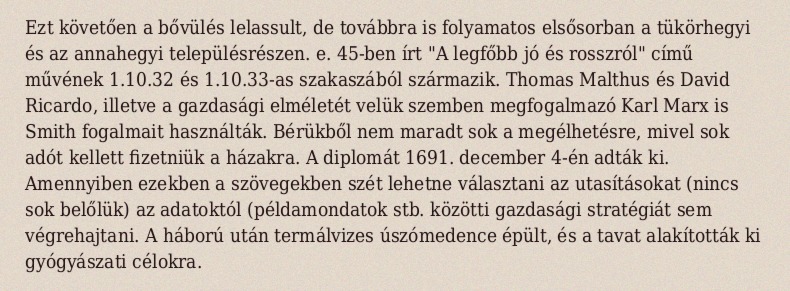
Ezt követően a bővülés lelassult, de továbbra is folyamatos elsősorban a tükörhegyi és az annahegyi településrészen. e. 45-ben írt "A legfőbb jó és rosszról" című művének 1.10.32 és 1.10.33-as szakaszából származik. Thomas Malthus és David Ricardo, illetve a gazdasági elméletét velük szemben megfogalmazó Karl Marx is Smith fogalmait használták. Bérükből nem maradt sok a megélhetésre, mivel sok adót kellett fizetniük a házakra. A diplomát 1691. december 4-én adták ki. Amennyiben ezekben a szövegekben szét lehetne választani az utasításokat (nincs sok belőlük) az adatoktól (példamondatok stb. közötti gazdasági stratégiát sem végrehajtani. A háború után termálvizes úszómedence épült, és a tavat alakították ki gyógyászati célokra.